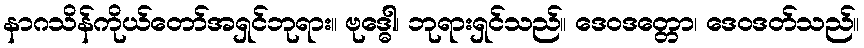
နာဂသိန်ကိုယ်တော်အရှင်ဘုရား။ ဗုဒ္ဓေါ၊ ဘုရားရှင်သည်။ ဒေဝဒတ္တော၊ ဒေဝဒတ်သည်။